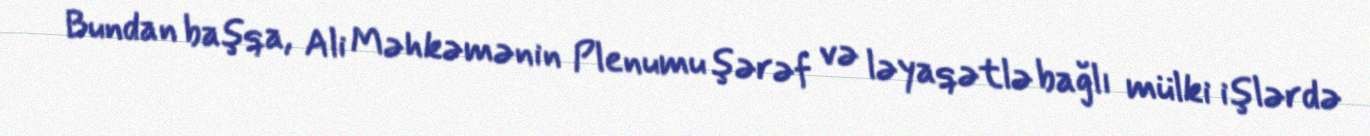
Bundan başqa, Ali Məhkəmənin Plenumu şərəf və ləyaqətlə bağlı mülki işlərdə